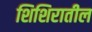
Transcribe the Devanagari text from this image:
शिशिरातील